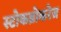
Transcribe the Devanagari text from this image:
स्टोकब्रोकरेज